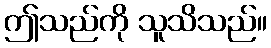
ဤသည်ကို သူသိသည်။